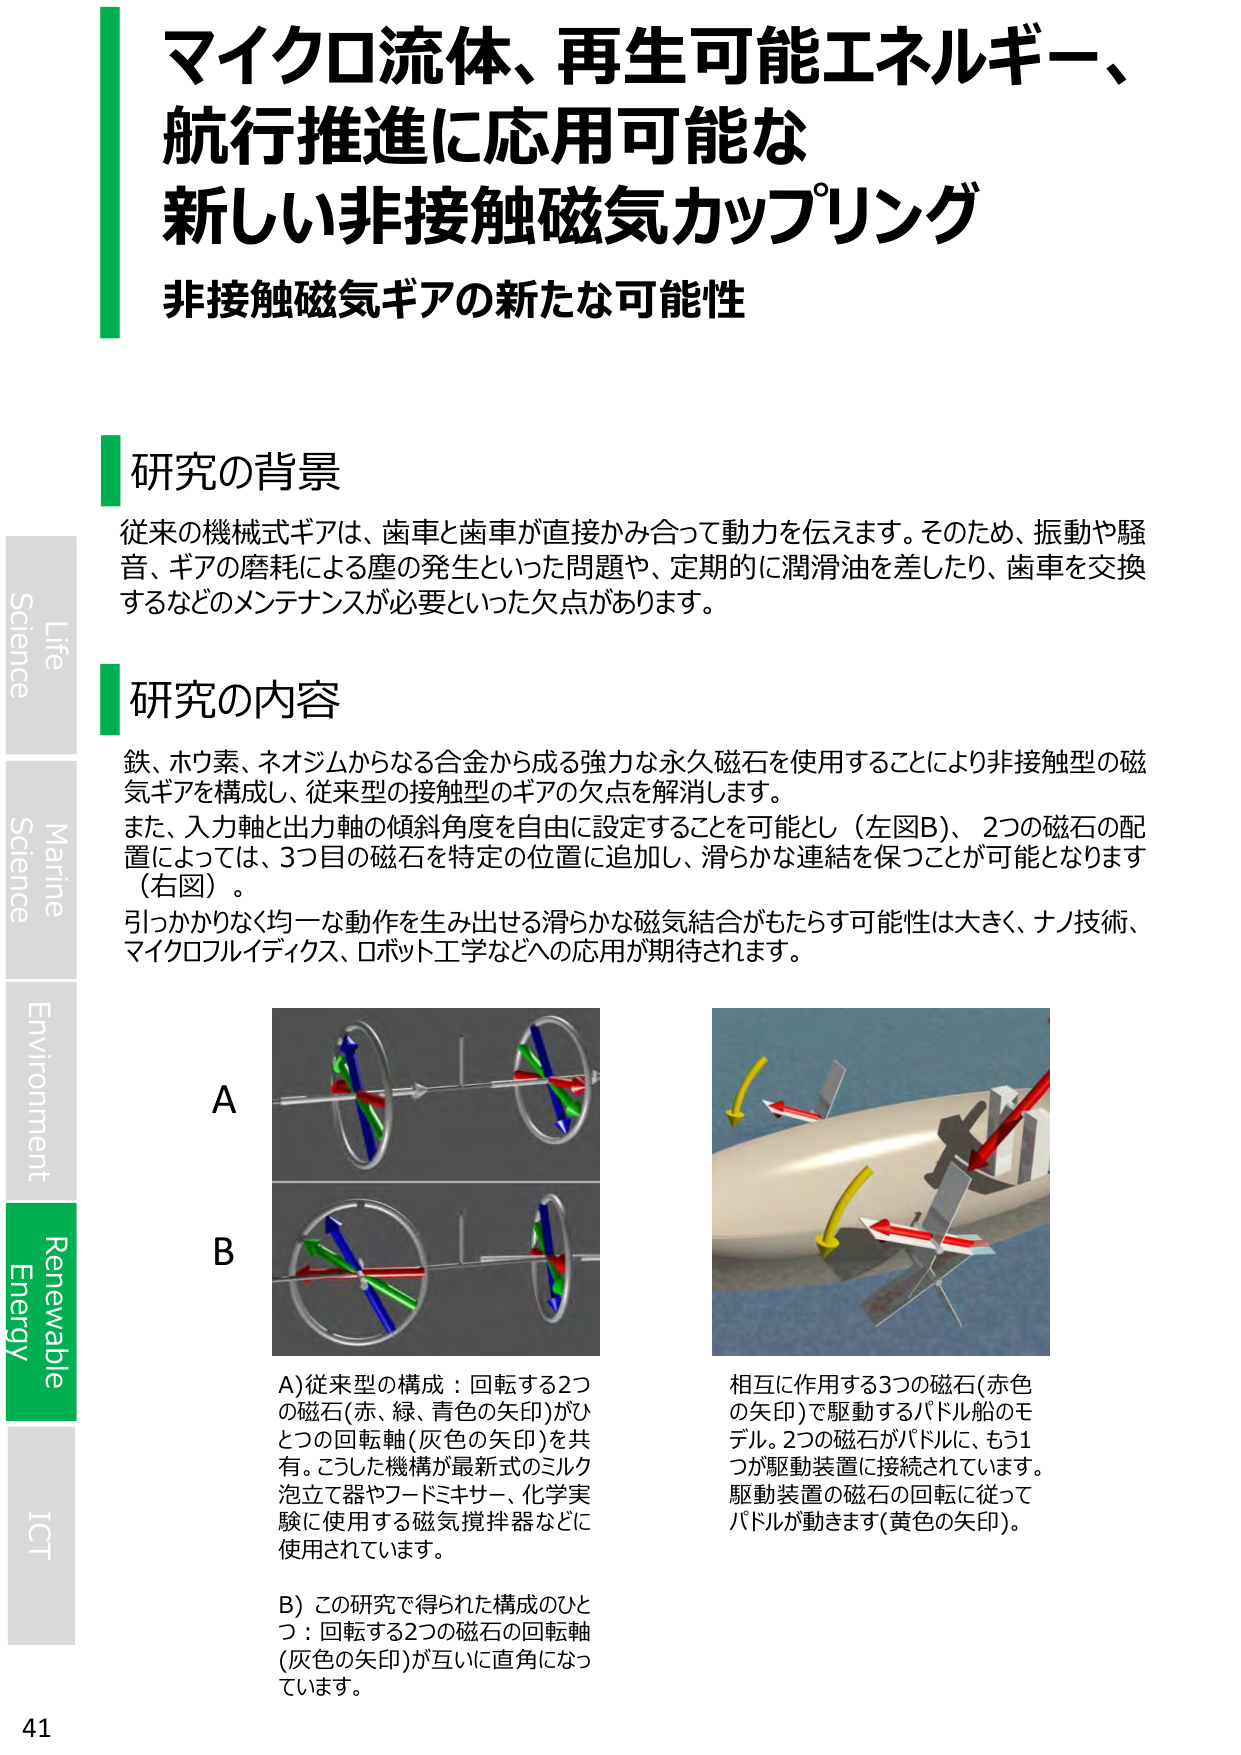
マイクロ流体、再生可能エネルギー、
航行推進に応用可能な
新しい非接触磁気カップリング
非接触磁気ギアの新たな可能性

研究の背景
従来の機械式ギアは、歯車と歯車が直接かみ合って動力を伝えます。そのため、振動や騒音、ギアの磨耗による塵の発生といった問題や、定期的に潤滑油を差したり、歯車を交換するなどのメンテナンスが必要といった欠点があります。

研究の内容
鉄、ホウ素、ネオジムからなる合金から成る強力な永久磁石を使用することにより非接触型の磁気ギアを構成し、従来型の接触型のギアの欠点を解消します。
また、入力軸と出力軸の傾斜角度を自由に設定することを可能とし（左図B）、2つの磁石の配置によっては、3つ目の磁石を特定の位置に追加し、滑らかな連結を保つことが可能となります（右図）。
引っかかりなく均一な動作を生み出せる滑らかな磁気結合がもたらす可能性は大きく、ナノ技術、マイクロフリデイクス、ロボット工学などへの応用が期待されます。

A
B
A) 従来型の構成：回転する2つの磁石（赤、緑、青色の矢印）がひとつの回転軸（灰色の矢印）を共有。こうした機構が最新式のミルク泡立て器やフードミキサー、化学実験に使用する磁気撹拌器などに使用されています。
B) この研究で得られた構成のひとつ：回転する2つの磁石の回転軸（灰色の矢印）が互いに直角になっています。
相互に作用する3つの磁石（赤色の矢印）で駆動するパドル船のモデル。2つの磁石がパドルに、もう1つが駆動装置に接続されています。駆動装置の磁石の回転に従ってパドルが動きます（黄色の矢印）。

Life
Science
Marine
Science
Environment
Renewable
Energy
ICT
41